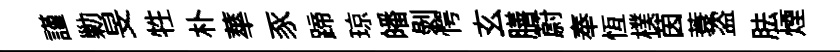
謹勦旻牲朴蕐豕蹄琼皤剥愕玄膳蔚奉恆樸茵蓑盗胠煙